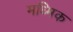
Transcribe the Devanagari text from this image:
मध्मिक